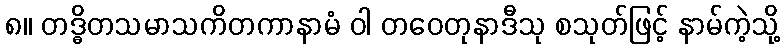
၈။ တဒ္ဓိတသမာသကိတကာနာမံ ဝါ တဝေတုနာဒီသု စသုတ်ဖြင့် နာမ်ကဲ့သို့